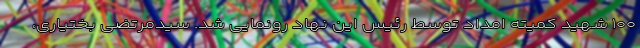
۱۰۰ شهید کمیته امداد توسط رئیس این نهاد رونمایی شد. سیدمرتضی بختیاری،